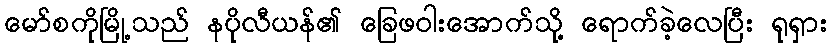
မော်စကိုမြို့သည် နပိုလီယန်၏ ခြေဖဝါးအောက်သို့ ရောက်ခဲ့လေပြီး ရုရှား